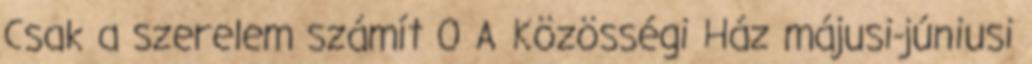
Csak a szerelem számít 0 A Közösségi Ház májusi-júniusi